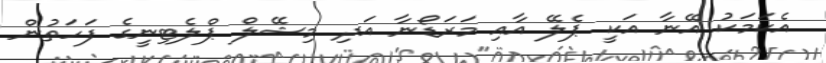
އެކަމަކު އޭނާ އަކީ ޕެލޭ އާއި މަރަޑޯނާ އަދި މިޝޭލް ޕްލެޓިނީގެ ފަހަތުން